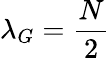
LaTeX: \lambda_{G}=\frac{N}{2}